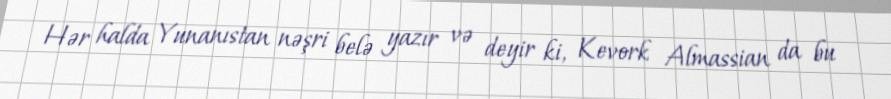
Hər halda Yunanıstan nəşri belə yazır və deyir ki, Kevork Almassian da bu